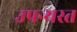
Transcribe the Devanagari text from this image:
उपन्यस्त